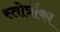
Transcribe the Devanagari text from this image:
स्तोत्रोंका